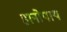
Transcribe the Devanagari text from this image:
हानोपाय